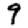
Digit: 9